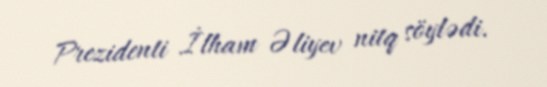
Prezidenti İlham Əliyev nitq söylədi.